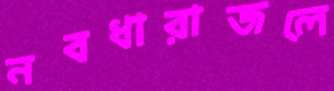
নবধারাজলে